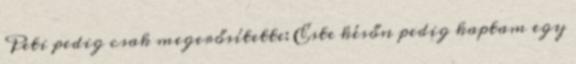
Peti pedig csak megerősítette: Este későn pedig kaptam egy